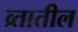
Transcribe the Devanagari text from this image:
व्र्तातील